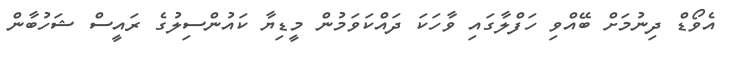
އެވޯޑް ދިނުމަށް ބޭއްވި ހަފްލާގައި ވާހަކަ ދައްކަވަމުން މީޑިޔާ ކައުންސިލުގެ ރައީސް ޝަހުބާން